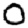
Digit: 0